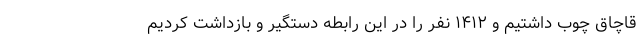
قاچاق چوب داشتیم و ۱۴۱۲ نفر را در این رابطه دستگیر و بازداشت کردیم